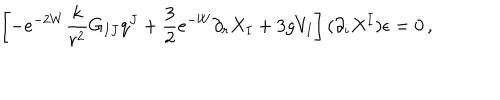
\left[ - e ^ { - 2 W } \frac { k } { r ^ { 2 } } G _ { I J } q ^ { J } + \frac 3 2 e ^ { - W } \partial _ { r } X _ { I } + 3 g V _ { I } \right] ( \partial _ { i } X ^ { I } ) \epsilon = 0 \, ,